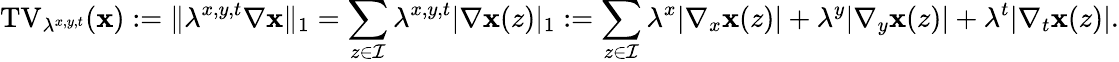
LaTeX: \mathrm{TV}_{\lambda^{x,y,t}}(\mathbf{x}):=\| \lambda^{x,y,t}\nabla\mathbf{x}\| _{1}=\sum_{z\in\mathcal{I}}\lambda^{x,y,t}|\nabla\mathbf{x}(z)|_{1}:=\sum_{z\in\mathcal{I}}\lambda^{x}|\nabla_{x}\mathbf{x}(z)|+\lambda^{y}|\nabla_{y}\mathbf{x}(z)|+\lambda^{t}|\nabla_{t}\mathbf{x}(z)|.